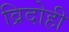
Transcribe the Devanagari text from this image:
व्रिदोही